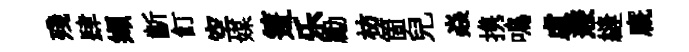
殘肆缬齗飣空媒箑乐勵枋箇兒焱携鳴虚燾縫廐